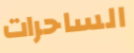
الساحرات